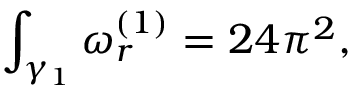
\int _ { \gamma _ { 1 } } \omega _ { r } ^ { ( 1 ) } = 2 4 \pi ^ { 2 } ,